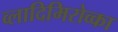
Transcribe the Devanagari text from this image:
व्लादिमिरोव्का